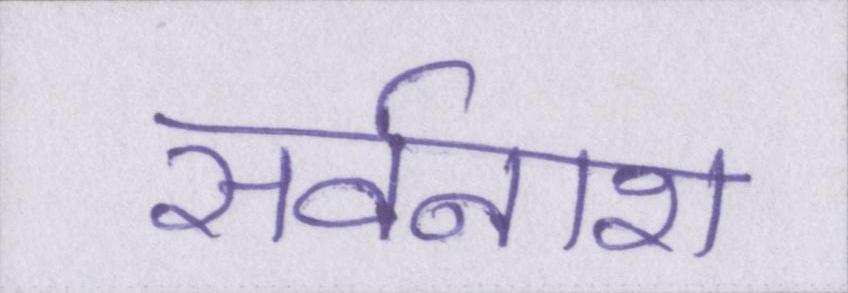
सर्वनाश